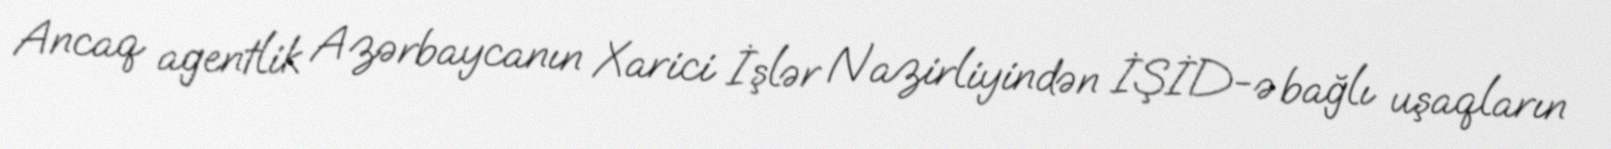
Ancaq agentlik Azərbaycanın Xarici İşlər Nazirliyindən İŞİD-ə bağlı uşaqların